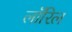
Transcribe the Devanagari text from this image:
लॉरिल